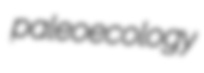
paleoecology